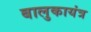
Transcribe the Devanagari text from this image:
बालुकायंत्र